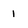
Character: 1